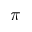
\pi